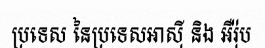
ប្រទេស នៃប្រទេសអាស៊ី និង អឺរ៉ុប